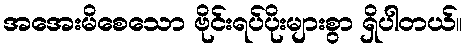
အအေးမိစေသော ဗိုင်းရပ်ပိုးများစွာ ရှိပါတယ်။